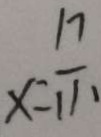
x = \frac { 1 7 } { 1 1 }